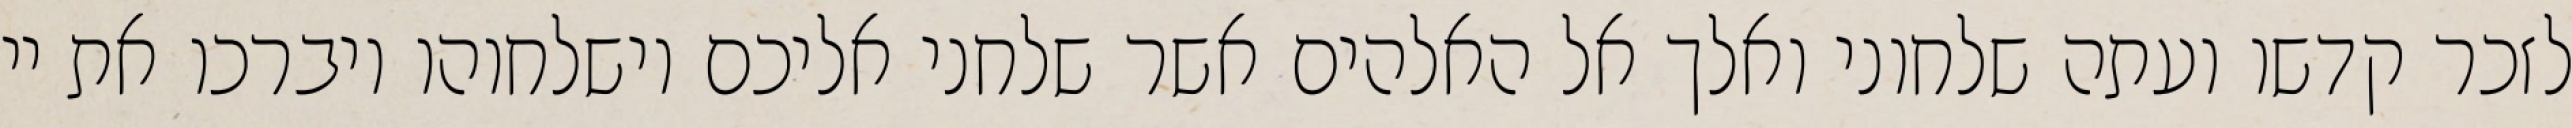
לזכר קדשו ועתה שלחוני ואלך אל האלהים אשר שלחני אליכם וישלחוהו ויברכו את יי